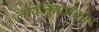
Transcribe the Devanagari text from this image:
लोकनृत्यप्रकार